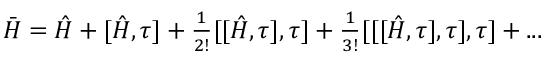
\begin{array} { r } { \bar { H } = \hat { H } + [ \hat { H } , \tau ] + \frac { 1 } { 2 ! } [ [ \hat { H } , \tau ] , \tau ] + \frac { 1 } { 3 ! } [ [ [ \hat { H } , \tau ] , \tau ] , \tau ] + . . . } \end{array}